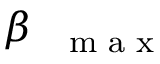
\beta _ { \mathrm { ~ { ~ \scriptsize ~ m ~ a ~ x ~ } ~ } }